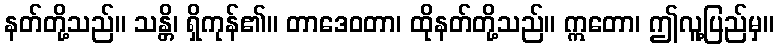
နတ်တို့သည်။ သန္တိ၊ ရှိကုန်၏။ တာဒေဝတာ၊ ထိုနတ်တို့သည်။ ဣတော၊ ဤလူ့ပြည်မှ။